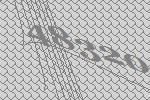
48320